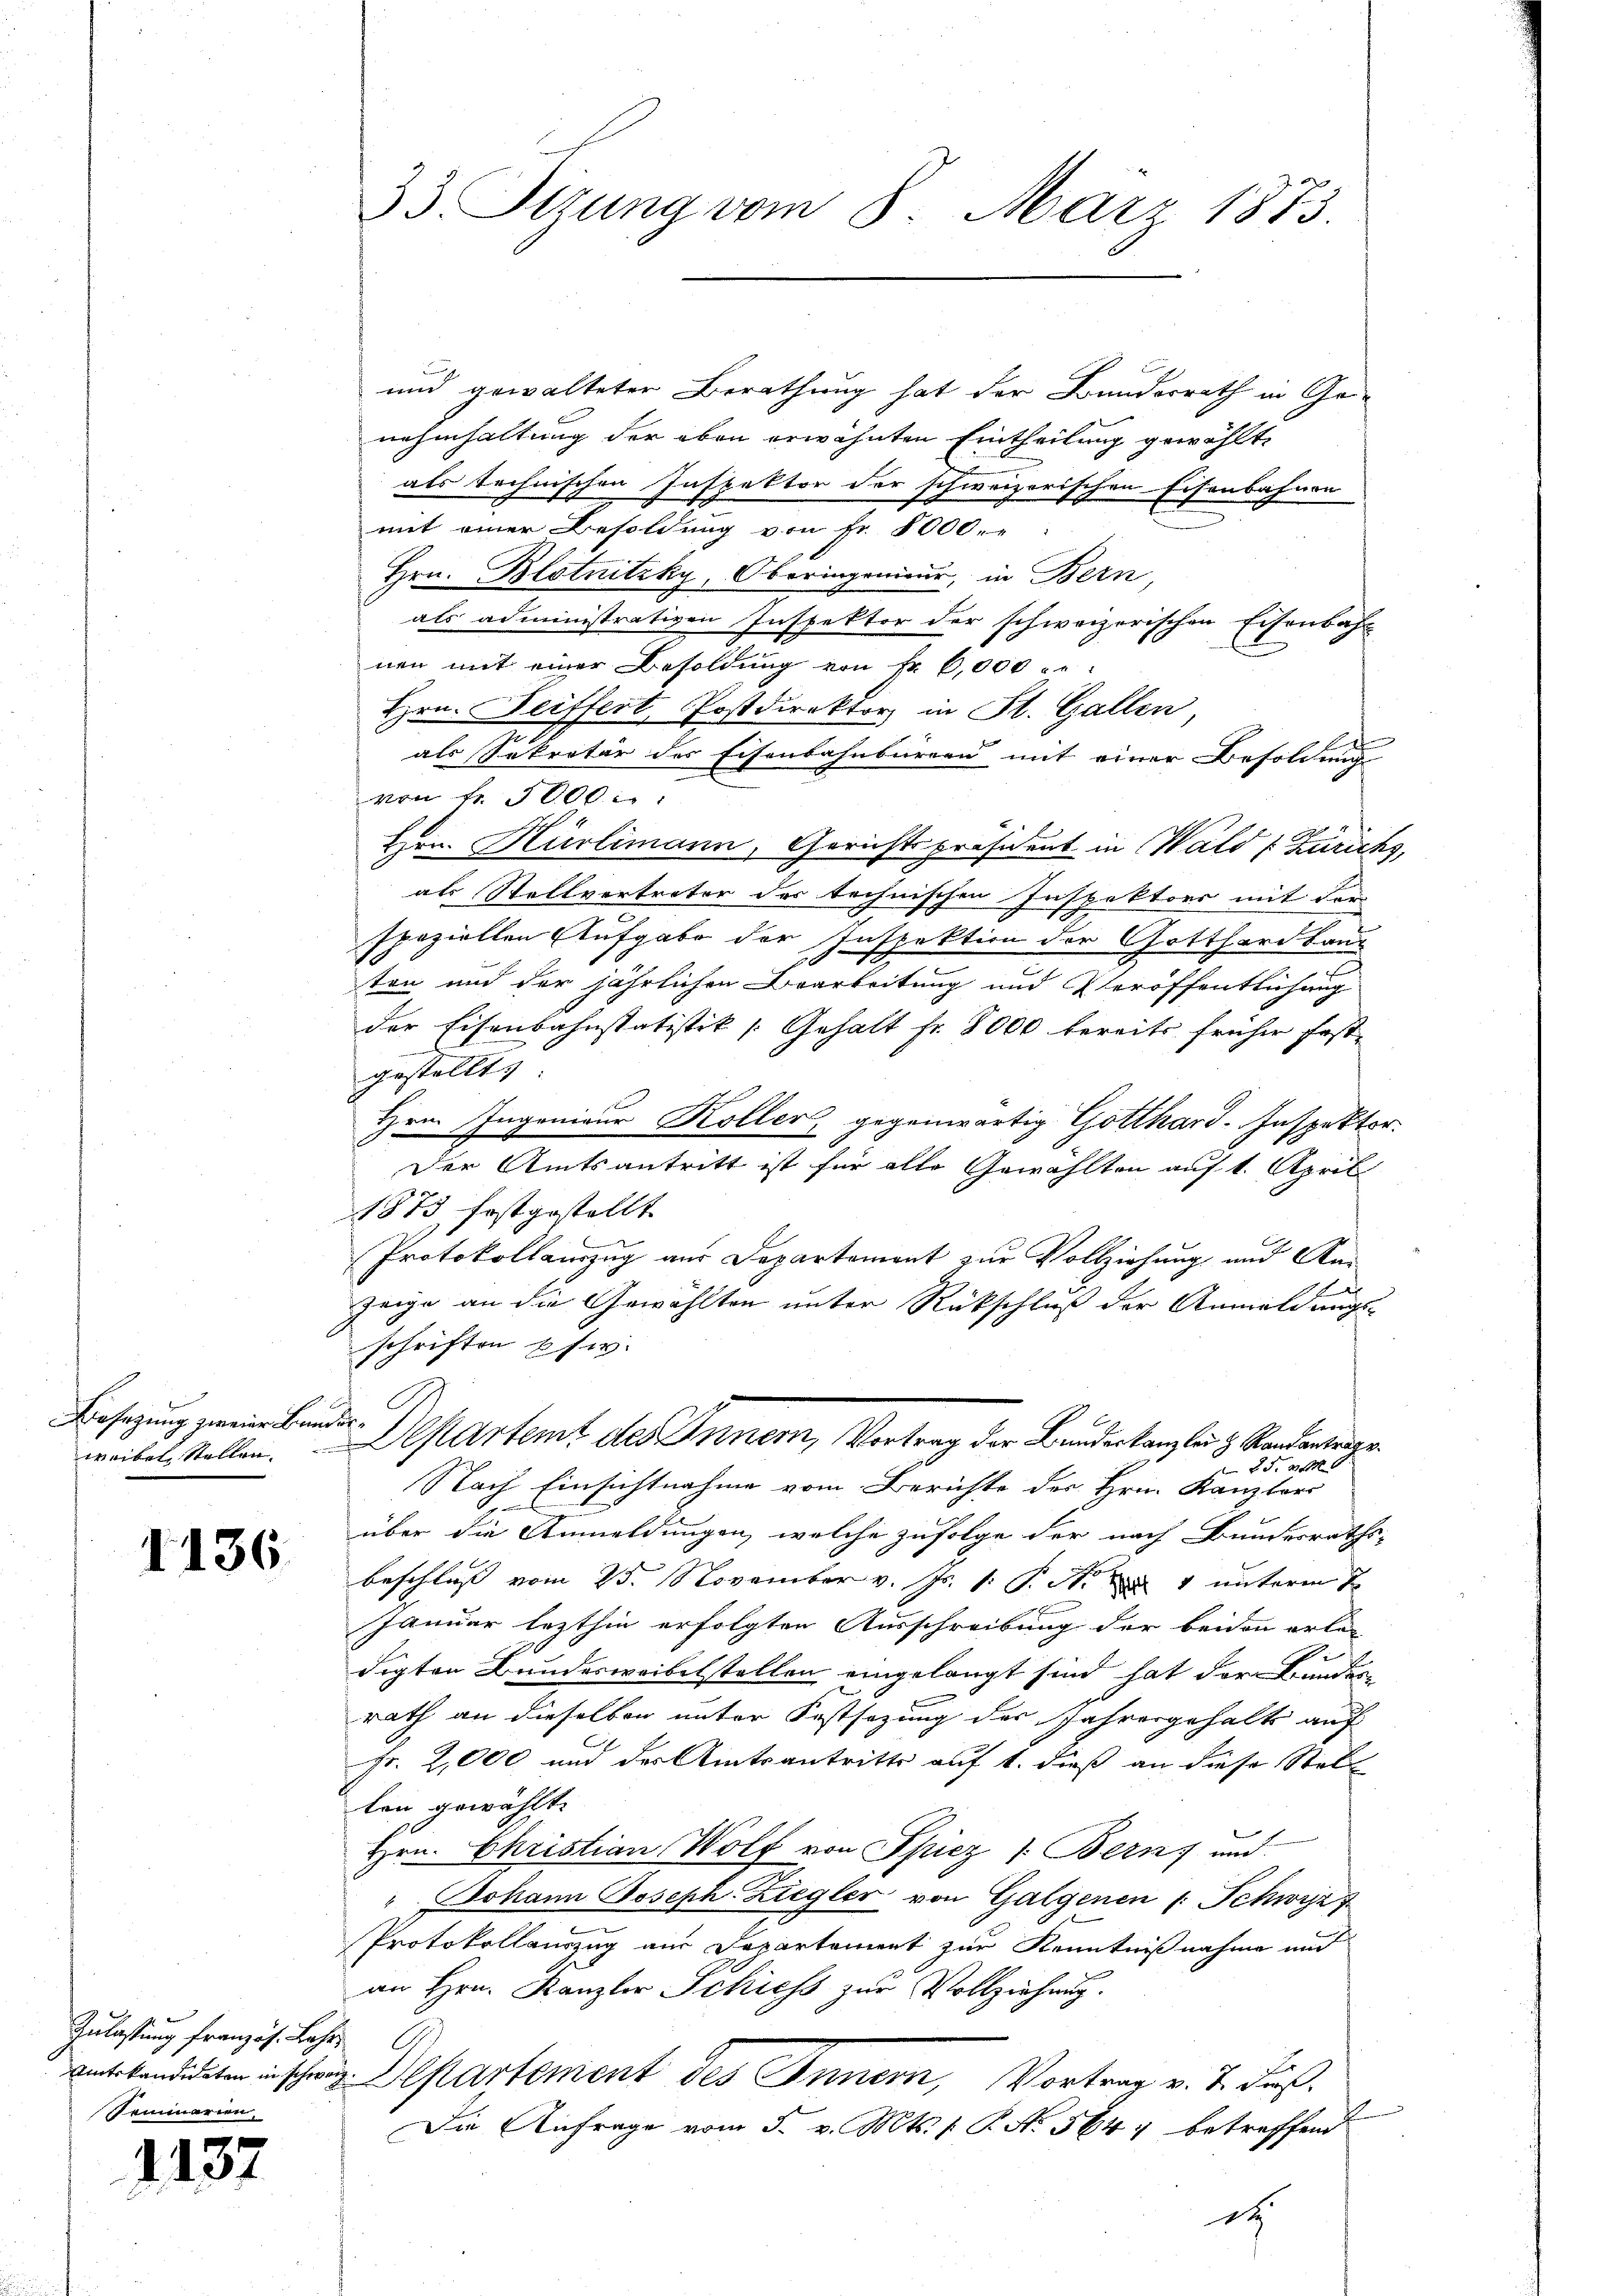
Besatzung zweier Bundes¬

1136.

Zulassung französ. Lehr
Seminarien,

1137

und gewalteter Berathung hat der Bundesrath in Ge-
nahmhaltung der oben erwähnten Eintheilung gewählt.
als technischen Inspektor der schweizerischen Eisenbahnen
mit einer Besoldung von Fr. 8000.-
Hrn. Blotnitzky, Oberingenieur, in Bern,
als administrativen Inspektor der schweizerischen Eisenbah
nen mit einer Besoldung von Fr. 6,000 u.
Hrn. Seiffert, Postdirektor in St. Gallen,
als Sekretär des Eisenbahnburgen mit einer Besoldung
von 3000
Hrn. Hürlimann, Gerichtspräsident in Wald (Zürichs,
als Stellvertreter der technischen Inspektors mit der
speziellen Aufgabe der Inspektion der Gotthardbau
.
ten und der jährlichen Bearbeitung und Veröffentlichung
der Eisenbahnstatistik [ Gehalt fr. 8000 bereits früher fest-
gestellt:
Hrn. Ingenieur Koller, gegenwärtig Gotthard-Inspektor.
Der Amtsantritt ist für alle Gewählten auf 1. April
1873 festgestellt.
Protokollamzug aus Departement zur Vollziehung und Anzeige an die Gewählten unter Rückschluß der Anmeldungs-
schriften usw.
waibel Stellen. Departemt des Innern, Vortrag der Bundeskanzlei H. Randantrage
25. 2120
Nach Einsichtnahme vom Berichte des Hrn. Kanzlers
t
über die Anmeldungen, welche zufolge der nach Bundesraths-
beschliess vom 25. November v. Js. 1. P. Nr. 4 unterm 7.
Januar lezthin erfolgten Ausschreibung der beiden erle-
digten Bundeswaibelstellen eingelangt sind hat der Bunder
rath an dieselben unter Festsezung des Jahresgehalt auf
Fr. 2,000 und des Amtsantritte auf 1. dieß an diese Stel
ten gewählt.
Hrn. Christian Wolf von Spiez 1. Bern, und
" Johann Joseph. Ziegler von Galgenen (: Schwyz
e
Protokollauszug aus Departement zur Kenntnißnahme und
an Hrn. Kanzler Schiess zur Vollziehung.
antetendigten in schweiz. Separtement des Innern, Vortrag v. J. Fuß.
b
Die Anfrage vom 5. v. Mts. (: P. No. 564, betreffend
dt

33. Dezung vom 8. März 1873.